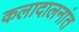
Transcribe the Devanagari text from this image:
कलादालनांत